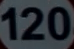
120